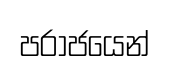
පරාජයෙන්